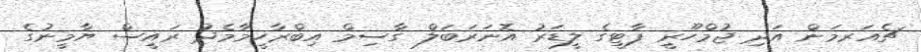
ޗެއަރމަން އަދި ޖުމްހޫރީ ޕާޓީގެ ލީޑަރު އޮނަރަބަލް ގާސިމް އިބްރާހީމާމެދު ރައީސް ޔާމީނުގެ